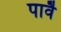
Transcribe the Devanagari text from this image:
पार्वै